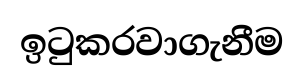
ඉටුකරවාගැනීම